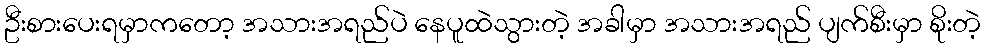
ဦးစားပေးရမှာကတော့ အသားအရည်ပဲ နေပူထဲသွားတဲ့ အခါမှာ အသားအရည် ပျက်စီးမှာ စိုးတဲ့